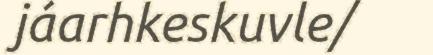
jáarhkeskuvle/